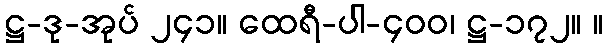
ဋ္ဌ-ဒု-အုပ် ၂၄၁။ ထေရီ-ပါ-၄၀၀၊ ဋ္ဌ-၁၇၂။ ။